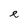
Character: e